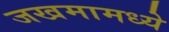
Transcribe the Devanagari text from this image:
जखमामध्ये